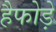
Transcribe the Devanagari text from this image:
हैफोड़े